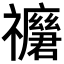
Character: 𥜢